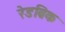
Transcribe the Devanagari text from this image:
रेडब्रिक